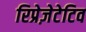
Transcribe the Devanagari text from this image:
रिप्रेज़ेटेटिव